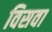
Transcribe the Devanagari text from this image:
विसवा